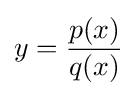
y={\frac {p(x)}{q(x)}}